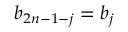
b _ { 2 n - 1 - j } = b _ { j }